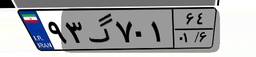
۹۳گ۷۰۱۶۴